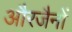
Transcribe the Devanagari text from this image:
औरजैनों